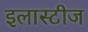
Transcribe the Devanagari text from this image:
इलास्टीज